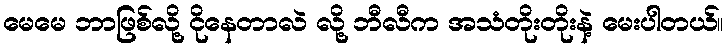
မေမေ ဘာဖြစ်လို့ ငိုနေတာလဲ လို့ ဘီလီက အသံတိုးတိုးနဲ့ မေးပါတယ်။